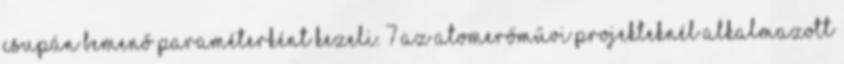
csupán bemenő paraméterként kezeli. 7 Az atomerőművi projekteknél alkalmazott